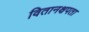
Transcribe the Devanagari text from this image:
वितानक्षपता